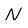
Character: N